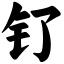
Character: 钌